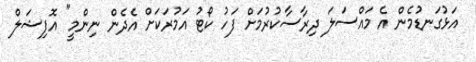
އަޅުގަނޑުމެން އެ މައްސަލަ ދިރާސާކުރުމަށް ފަހު ކޯޓު އަމުރަކަށް އެދެން ނިންމީ" އޮފިޝަލް